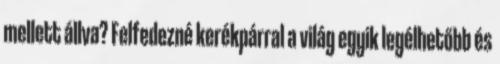
mellett állva? Felfedezné kerékpárral a világ egyik legélhetőbb és